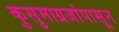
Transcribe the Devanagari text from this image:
कुसुमाग्रजांपासून